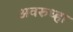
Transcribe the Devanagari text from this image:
अवरुध्हा